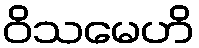
ဝိသမေဟိ